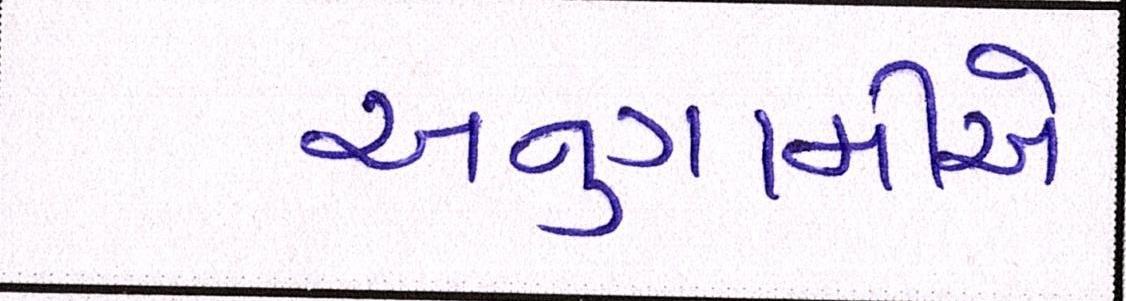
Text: અનુગામીએ